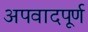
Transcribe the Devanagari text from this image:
अपवादपूर्ण